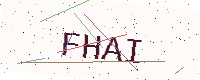
Text: FHAI